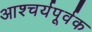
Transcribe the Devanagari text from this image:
आश्चर्यपूर्वक